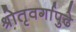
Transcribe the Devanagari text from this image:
श्रोतृवर्गापुढे